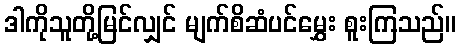
ဒါကိုသူတို့မြင်လျှင် မျက်စိဆံပင်မွှေး စူးကြသည်။